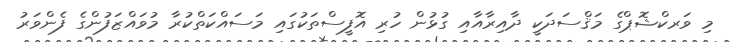
މި ވަރކްޝޮޕްގެ މަޤްސަދަކީ ދާއިރާއާއި ގުޅުން ހުރި އޮފީސްތަކުގައި މަސައްކަތްކުރާ މުވައްޒަފުންގެ ފެންވަރު